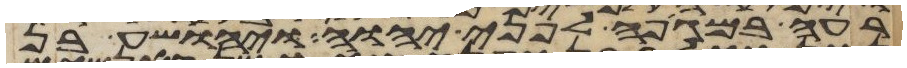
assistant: רעה במגפה לפני יהוה ויהושע בן